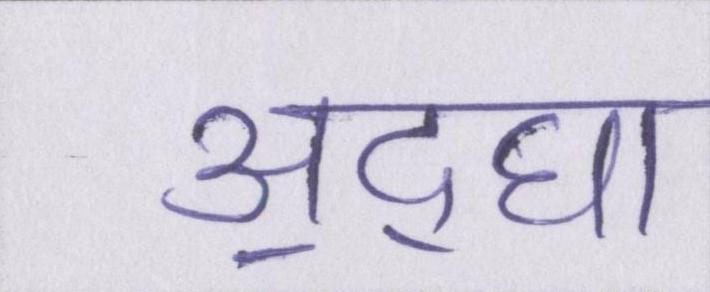
अ॒द्घा